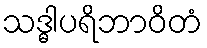
သဒ္ဓါပရိဘာဝိတံ